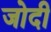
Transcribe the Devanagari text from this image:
जोदी